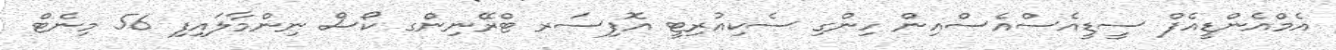
އެމްއެންޑީއެފް ސީޑީއެސްއެސްއިން ހިންގި ސެކިއުރިޓީ އޮފިސަރ ޓްރޭނިންގ ކޯސް ނިންމާލައިފި 56 މިނެޓް